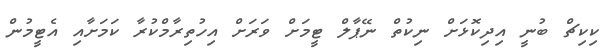
ކިކިޗް ބުނީ އިދިކޮޅަށް ނިކުތް ނޭޕާލް ޓީމަށް ވަރަށް އިހުތިރާމްކުރާ ކަމަށާއި އެޓީމުން